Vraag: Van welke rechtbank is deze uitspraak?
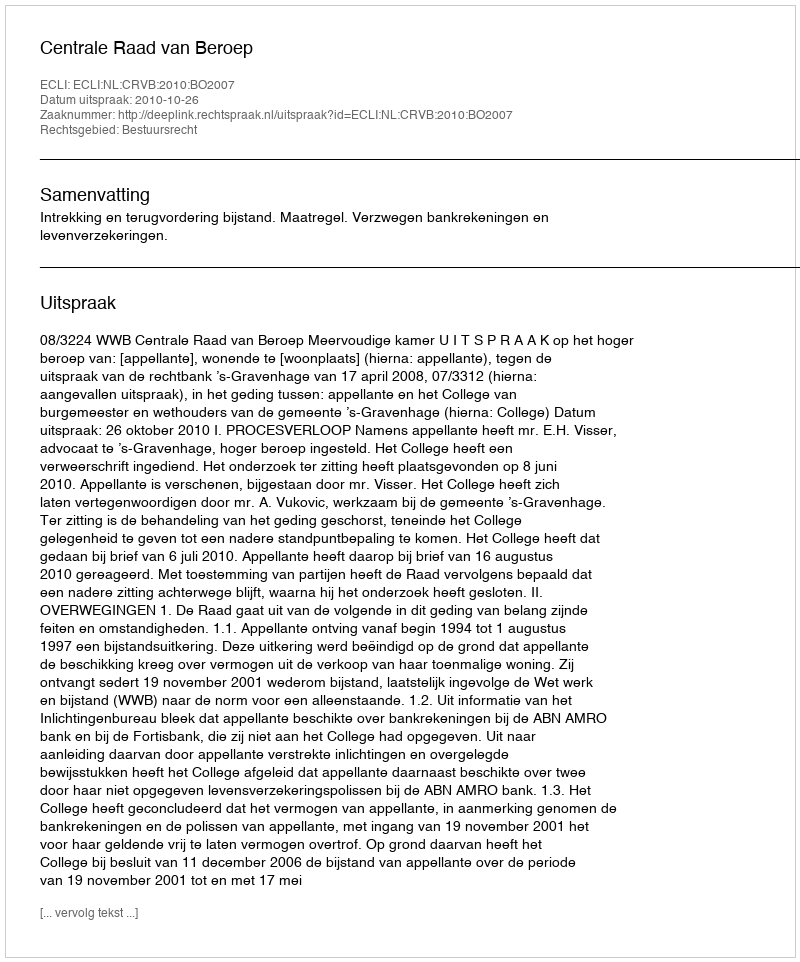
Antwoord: Centrale Raad van Beroep